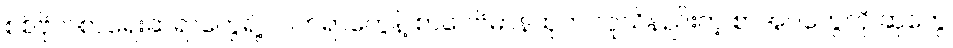
စစ်ဗိုလ်စာရေးဆရာတွေရဲ့ လက်ရာတွေနဲ့ စာပေဗိမာန်ထုတ် လူသိနည်းတဲ့ စာအုပ်တွေကို ဆုတွေ